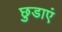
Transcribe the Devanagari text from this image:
छुडाएं